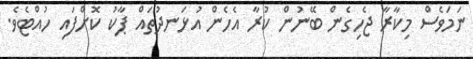
ނަމަވެސް މިކާރާ ޖެހިގެން ބޭނުން ކުރާ އެހެން އުޅަނދުތައް ޕާކު ކޮށްފައި ހުއްޓެވެ.